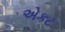
એકટ